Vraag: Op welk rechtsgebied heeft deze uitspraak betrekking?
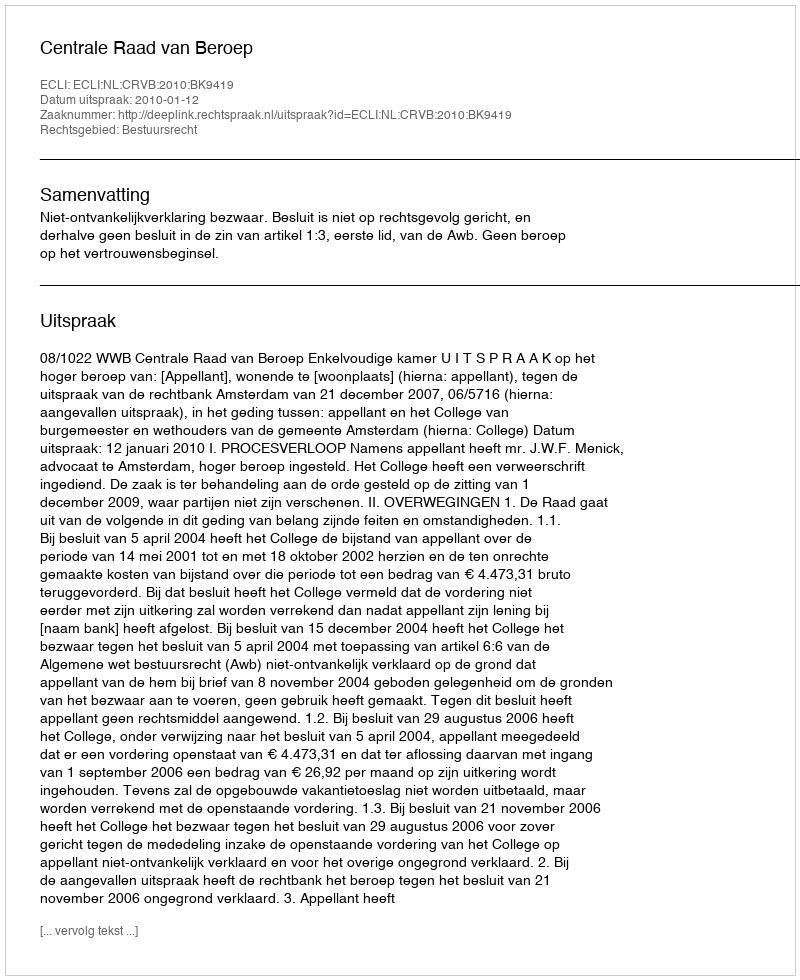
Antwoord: Bestuursrecht